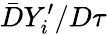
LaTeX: {\bar{D}Y_{i}^{\prime}}/{D\tau}